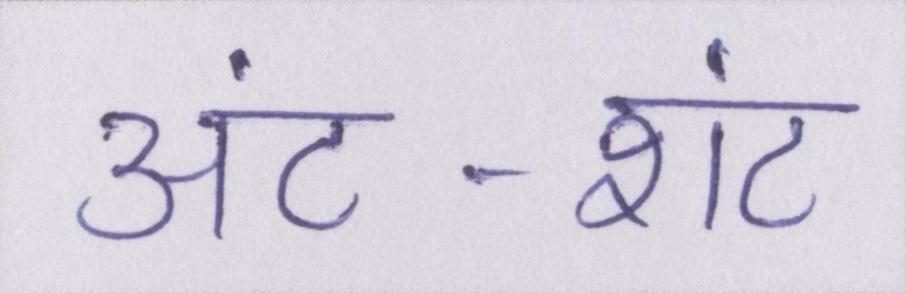
अंट-शंट